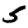
Digit: 5